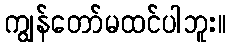
ကျွန်တော်မထင်ပါဘူး။